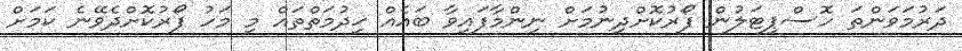
ދަރުމަވަންތަ ހޮސްޕިޓަލުން ފޯރުކޮށްދިނުމަށް ނިންމާފައިވާ ބައެއް ޚިދުމަތްތައް މި މަހު ފޯރުކޮށްދެވޭނެ ކަމަށް